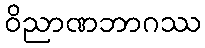
ဝိညာဏဘာဂဿ